Government Evacuation Scheme: Educational provision, 1939
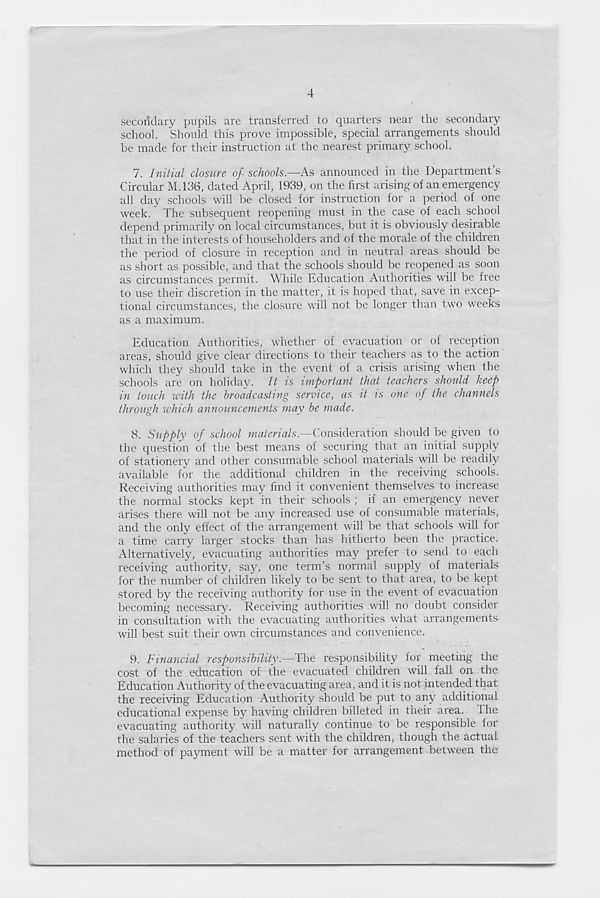
4
secondary pupils are transferred to quarters near the secondary
school. Should this prove impossible, special arrangements should
be made for their instruction at the nearest primary school.
7. Initial closure of schools.—As announced in the Department’s
Circular M.136, dated April, 1939, on the first arising of an emergency
all day schools will be closed for instruction for a period of one
week. The subsequent reopening must in the case of each school
depend primarily on local circumstances, but it is obviously desirable
that in the interests of householders and of the morale of the children
the period of closure in reception and in neutral areas should be
as short as possible, and that the schools should be reopened as soon
as circumstances permit. While Education Authorities will be free
to use their discretion in the matter, it is hoped that, save in excep-
tional circumstances, the closure will not be longer than two weeks
as a maximum.
Education Authorities, whether of evacuation or of reception
areas, should give clear directions to their teachers as to the action
which they should take in the event of a crisis arising when the
schools are on holiday. It is important that teachers should keep
in touch with the broadcasting service, as it is one of the channels
through which announcements may be made.
8. Supply of school materials.—Consideration should be given to
the question of the best means of securing that an initial supply
of stationery and other consumable school materials will be readily
available for the additional children in the receiving schools.
Receiving authorities may find it convenient themselves to increase
the normal stocks kept in their schools ; if an emergency never
arises there will not be any increased use of consumable materials,
and the only effect of the arrangement will be that schools will for
a time carry larger stocks than has hitherto been the practice.
Alternatively, evacuating authorities may prefer to send to each
receiving authority, say, one term’s normal supply of materials
for the number of children likely to be sent to that area, to be kept
stored by the receiving authority for use in the event of evacuation
becoming necessary. Receiving authorities will no doubt consider
in consultation with the evacuating authorities what arrangements
will best suit their own circumstances and convenience.
9. Financial responsibility.—The responsibility for meeting the
cost of the education of the evacuated children will fall on the
Education Authority of the evacuating area, and it is not intended that
the receiving Education Authority should be put to any additional
educational expense by having children billeted in their area. 1 he
evacuating authority will naturally continue to be responsible for
the salaries of the teachers sent with the children, though the actual
method of payment will be a matter for arrangement between the